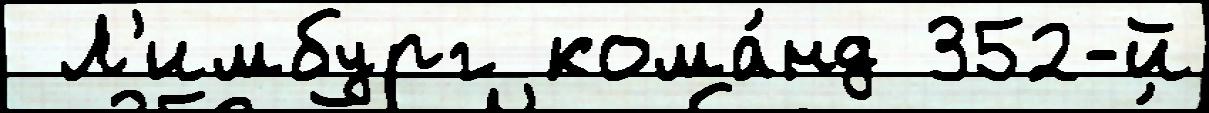
 Л'имбург кома́нд 352-й